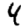
Digit: 4